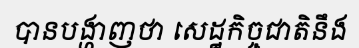
បានបង្ហាញថា សេដ្ឋកិច្ចជាតិនឹង